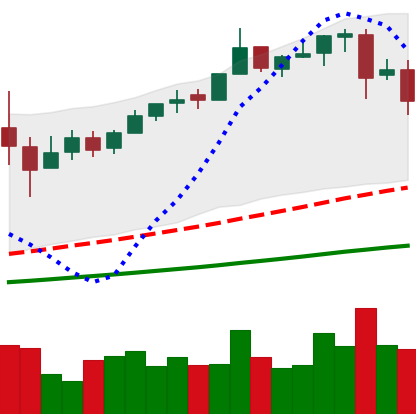
Ticker: BTC-USD
Chart end date: 2017-06-14
Forward return: 3.321%
Label: up_3_5